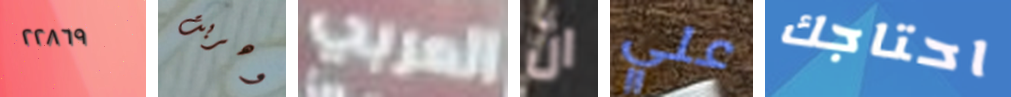
٢٢٨٦٩ وهربت العربي ان علي احتاجك